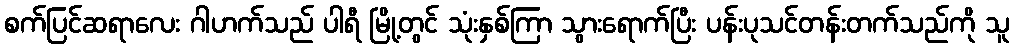
စက်ပြင်ဆရာလေး ဂါဟက်သည် ပါရီ မြို့တွင် သုံးနှစ်ကြာ သွားရောက်ပြီး ပန်းပုသင်တန်းတက်သည်ကို သူ